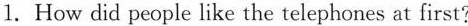
1.How did people like the telephones at first?